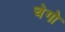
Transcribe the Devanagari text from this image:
चेगो